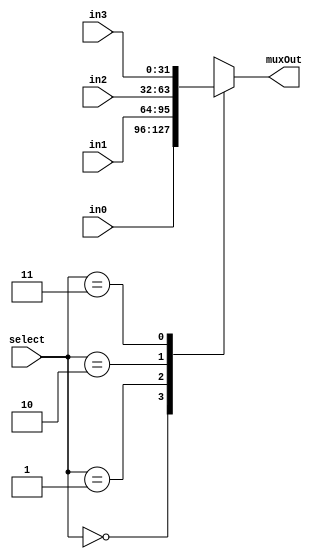
/*###################################################################################
Note: Please dont upload the assignments, template file/solution and lab. manual on GitHub or others public repository. 
It violates the BITSs Intellectual Property Rights (IPR).
************************************************************************************/

//IF select is 0 then muxout is in0. IF select is 1 then muxout is in1. 
module mux4to1_32bits(input [31:0] in0, input [31:0] in1, input [31:0] in2, input [31:0] in3, input [1:0] select, output reg [31:0] muxOut);
    //WRITE YOUR CODE HERE, NO NEED TO DEFINE NEW VARIABLES
	always@(in0, in1, in2, in3, select)
    begin
        case(select)
            2'b00: muxOut = in0;
            2'b01: muxOut = in1;
            2'b10: muxOut = in2;
            2'b11: muxOut = in3;
        endcase
    end
endmodule